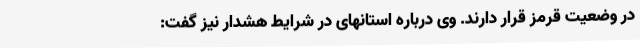
در وضعیت قرمز قرار دارند. وی درباره استانهای در شرایط هشدار نیز گفت: